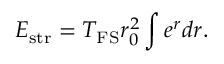
E _ { \mathrm { s t r } } = T _ { \mathrm { F S } } r _ { 0 } ^ { 2 } \int e ^ { r } d r .